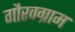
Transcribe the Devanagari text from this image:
गौरवग्राम